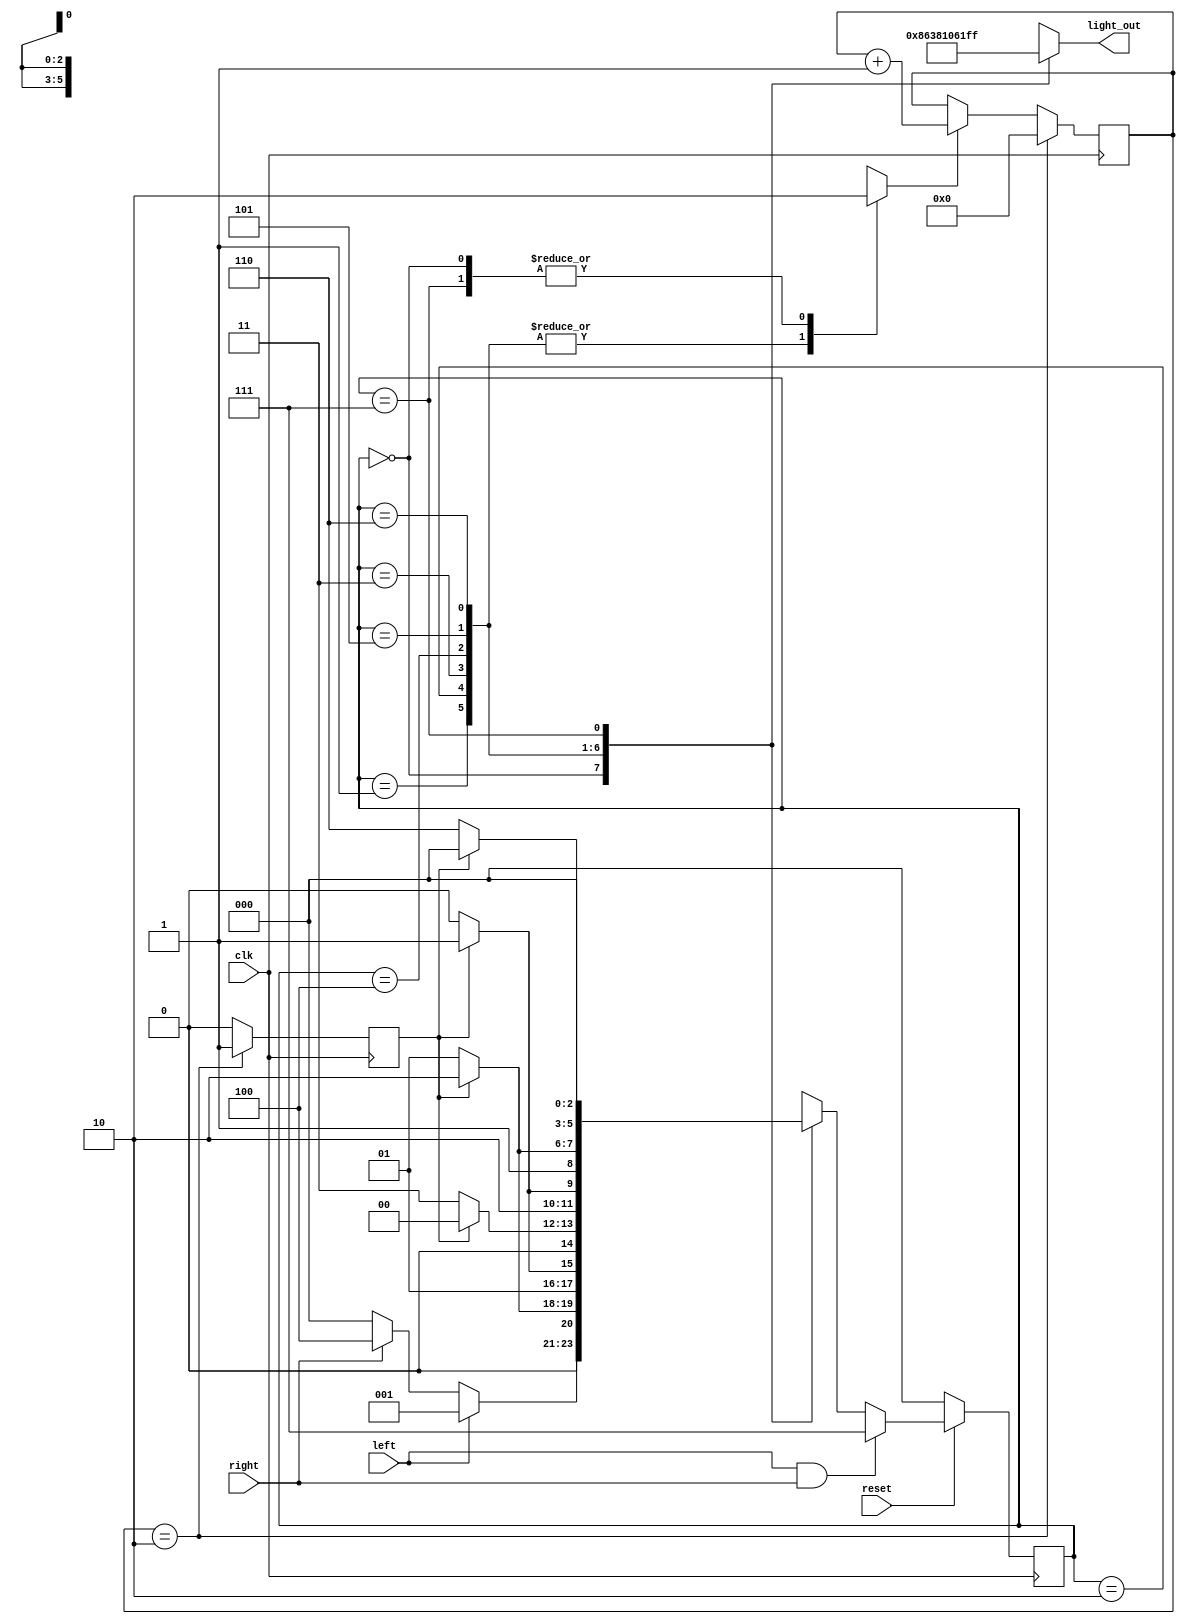
module thunderbird
	(
		input clk,
		input reset,
		input left, // turn left
		input right,// turn right
		output reg [5:0] light_out
	);
	// Light 		LED_L3	LED_L2	LED_L1		LED_R1	LED_R2	LED_R3
	// State IDLE 		0			0			0				0			0			0
	// State L1 		0			0			1				0			0			0
	// State L2 		0			1			1				0			0			0
	// State L3 		1			1			1				0			0			0
	// State R1 		0			0			0				1			0			0
	// State R2 		0			0			1				1			1			0
	// State R3 		0			0			1				1			1			1
	// State LR 		1			1			1				1			1			1
parameter 
	IDLE = 3'b000,
	L1 = 3'b001,
	L2 = 3'b010,
	L3 = 3'b011,
	R1 = 3'b100,
	R2 = 3'b101,
	R3 = 3'b110,
	LR = 3'b111;
	//---------------------------------
	reg [2:0] current_state, next_state;
	reg light_timer = 0, next_light = 0;
	reg [10:0] count_reg = 0;
	//----------------------------------
	// state
	always @ ( posedge clk )
		begin	
			if ( ~reset ) begin
				current_state <= 3'b000; end
			else if ( left && right ) begin
				current_state <= 3'b111; end
			else begin
				current_state <= next_state; end
			end
	//----------------------------------
	// fsm
	always @ (*) // ko co tin hieu uu tien
	begin
		case ( current_state ) 
		//-------------------
		IDLE : begin
			light_out = 6'b000000;
			light_timer = 0;
					if ( left ) begin next_state = L1;
					end
					else if	( right ) begin next_state = R1;
					end
					else begin next_state = IDLE; end
				end
		//---------------------------------
		L1 : begin
				light_out = 6'b001000;
				light_timer = 1;
				if ( next_light ) next_state = L2;
				else next_state = L1;
			end
		//---------------------------------
		L2 : begin
				light_out = 6'b011000;
				light_timer = 1;
				if ( next_light ) next_state = L3;
				else next_state = L2;
			end
		//---------------------------------
		L3 : begin
				light_out = 6'b111000;
				light_timer = 1;
				if ( next_light ) next_state = IDLE;
				else next_state = L3;
			end
		//---------------------------------
		R1 : begin
				light_out = 6'b000100;
				light_timer = 1;
				if ( next_light ) next_state = R2;
				else next_state = R1;
			end
		//---------------------------------
		R2 : begin
				light_out = 6'b000110;
				light_timer = 1;
				if ( next_light ) next_state = R3;
				else next_state = R2;
			end
		//---------------------------------
		R3 : begin
				light_out = 6'b000111;
				light_timer = 1;
				if ( next_light ) next_state = IDLE;
				else next_state = R3;
			end
		//---------------------------------
		LR : begin
				light_out = 6'b111111;
				light_timer = 0;
				if ( ~(left&&right) ) next_state = IDLE;
				else next_state = LR;
			end
		//---------------------------------
		default : next_state = IDLE;
		endcase
	end
//-------------------------------
// counting
always @ ( posedge clk )
	begin
		if ( light_timer ) 
		count_reg <= count_reg + 1;
		if (count_reg == 2) begin
			next_light = 1;
			count_reg <= 0;
		end
		else begin
			next_light = 0;
		end
	end
//----------------------------
endmodule